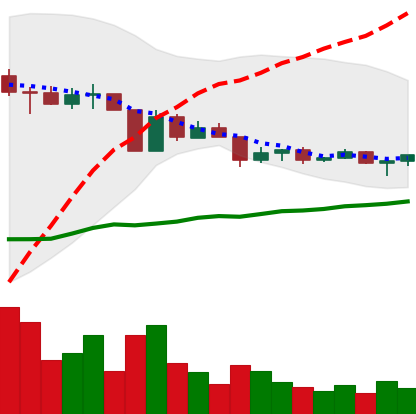
Ticker: ETC-USD
Chart end date: 2022-04-19
Forward return: -11.034%
Label: down_7plus